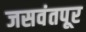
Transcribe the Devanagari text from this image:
जसवंतपूर